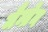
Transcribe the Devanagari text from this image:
मैम्ब्रेन